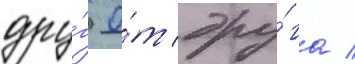
дру́г о́т дру́га /